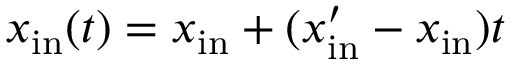
x _ { \mathrm { i n } } ( t ) = x _ { \mathrm { i n } } + ( x _ { \mathrm { i n } } ^ { \prime } - x _ { \mathrm { i n } } ) t